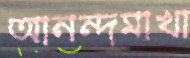
আনন্দমাখা